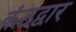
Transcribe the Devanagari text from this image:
कंठद्वार